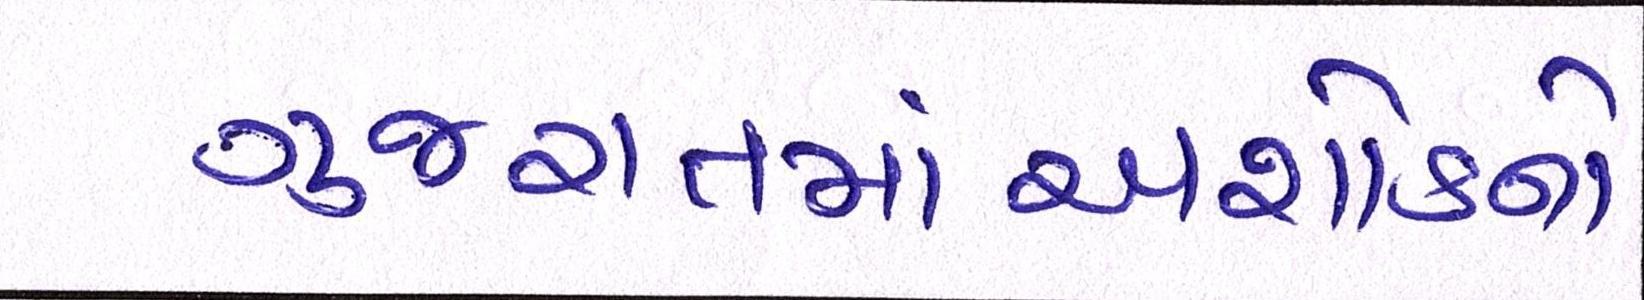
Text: ગુજરાતમાંઅશોકનો